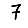
Digit: 7